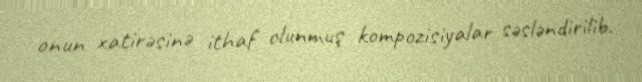
onun xatirəsinə ithaf olunmuş kompozisiyalar səsləndirilib.